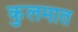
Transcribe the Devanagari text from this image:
कुलमात